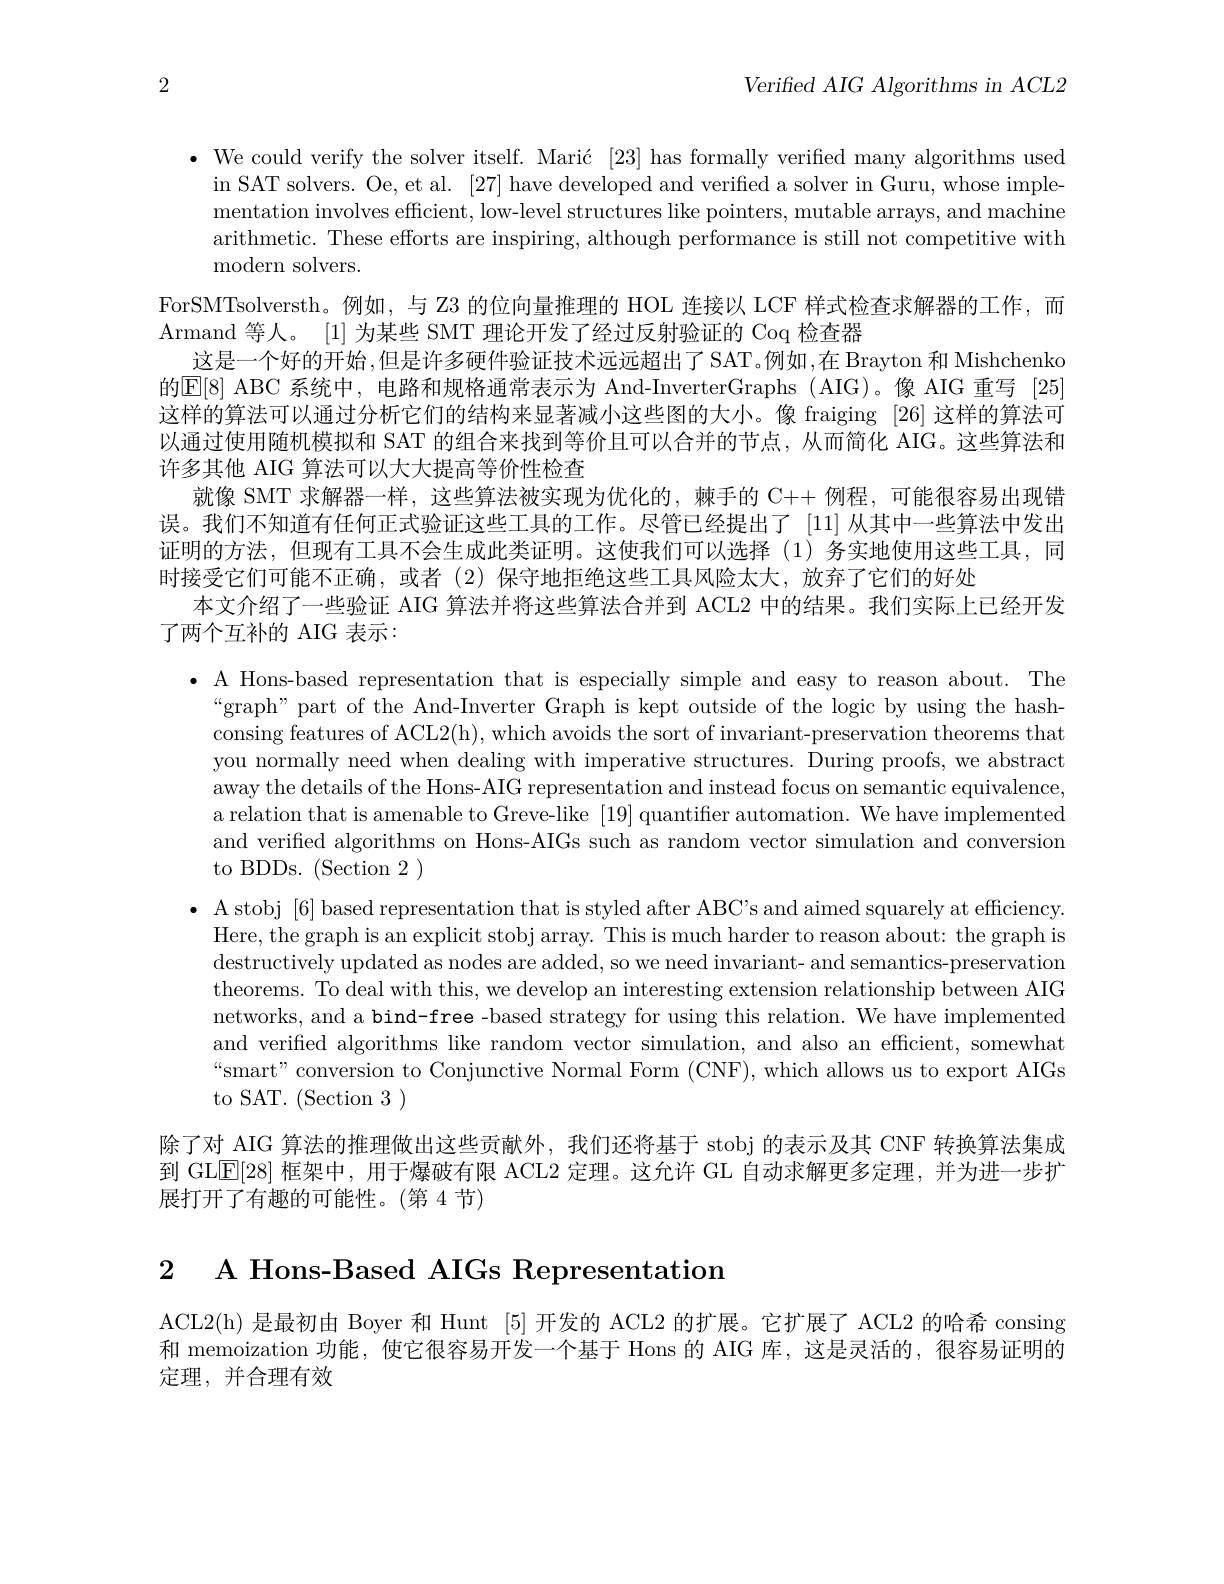
2

Verified AIG Algorithms in ACL2

$\bullet$ We could verify the solver itself. Marić [23] has formally verified many algorithms used
in SAT solvers. Oe, et al. [27] have developed and verified a solver in Guru, whose implementation involves efficient, low-level structures like pointers, mutable arrays, and machine arithmetic. These efforts are inspiring, although performance is still not competitive with modern solvers.
ForSMTsolversth。例如，与 Z3 的位向量推理的 HOL 连接以 LCF 样式检查求解器的工作，而
Armand 等人。[1]为某些 SMT 理论开发了经过反射验证的 Coq 检查器
这是一个好的开始，但是许多硬件验证技术远远超出了SAT。例如，在 Brayton 和 Mishchenko 的E[ 8] ABC 系 统 中 , 电路和规格通常表示为 And-InverterGraphs (AIG)。像 AIG 重写 [25] 这样的算法可以通过分析它们的结构来显著减小这些图的大小。像 fraiging [26] 这样的算法可以通过使用随机模拟和 SAT 的组合来找到等价且可以合并的节点，从而简化 AIG。这些算法和许多其他 AIG 算法可以大大提高等价性检查
就像 SMT 求解器一样，这些算法被实现为优化的，棘手的 C++ 例程，可能很容易出现错误。我们不知道有任何正式验证这些工具的工作。尽管已经提出了 [11] 从其中一些算法中发出证明的方法，但现有工具不会生成此类证明。这使我们可以选择(1)务实地使用这些工具，同时接受它们可能不正确，或者(2)保守地拒绝这些工具风险太大，放弃了它们的好处
本文介绍了一些验证 AIG 算法并将这些算法合并到 ACL2 中的结果。我们实际上已经开发
了两个互补的 AIG 表示：

$\bullet$ A Hons-based representation that is especially simple and easy to reason about. The
“graph” part of the And-Inverter Graph is kept outside of the logic by using the hashconsing features of ACL2(h), which avoids the sort of invariant-preservation theorems that you normally need when dealing with imperative structures. During proofs, we abstract away the details of the Hons-AIG representation and instead focus on semantic equivalence, a relation that is amenable to Greve-like [19] quantifier automation. We have implemented and verified algorithms on Hons-AIGs such as random vector simulation and conversion to BDDs. (Section 2)

$\bullet$ A stobj [6] based representation that is styled after ABC's and aimed squarely at efficiency.
Here, the graph is an explicit stobj array. This is much harder to reason about: the graph is destructively updated as nodes are added, so we need invariant- and semantics-preservation theorems. To deal with this, we develop an interesting extension relationship between AIG networks, and a bind-free -based strategy for using this relation. We have implemented and verified algorithms like random vector simulation, and also an efficient, somewhat “smart”conversion to Conjunctive Normal Form (CNF), which allows us to export AIGs to SAT. (Section 3)

除了对 AIG 算法的推理做出这些贡献外，我们还将基于 stobj 的表示及其 CNF 转换算法集成到 GLE[28] 框架中，用于爆破有限 ACL2 定理。这允许 GL 自动求解更多定理，并为进一步扩展打开了有趣的可能性。(第4节)

2 A Hons-Based AIGs Representatiom

ACL2(h) 是最初由 Boyer 和 Hunt [5] 开发的 ACL2 的扩展。它扩展了 ACL2 的哈希 consing 和 memoization 功能，使它很容易开发一个基于 Hons 的 AIG 库，这是灵活的，很容易证明的定理，并合理有效